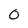
Character: 0